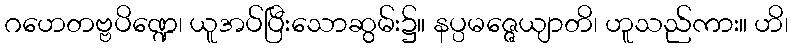
ဂဟေတဗ္ဗပိဏ္ဍေ၊ ယူအပ်ပြီးသောဆွမ်း၌။ နပ္ပမဇ္ဇေယျာတိ၊ ဟူသည်ကား။ ဟိ၊